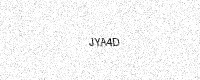
Text: JYA4D